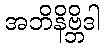
အဘိနိဗ္ဘိဒါ